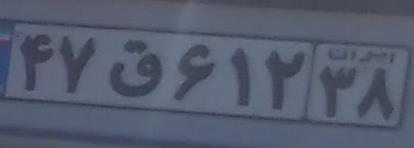
۴۷ق۶۱۲۳۸